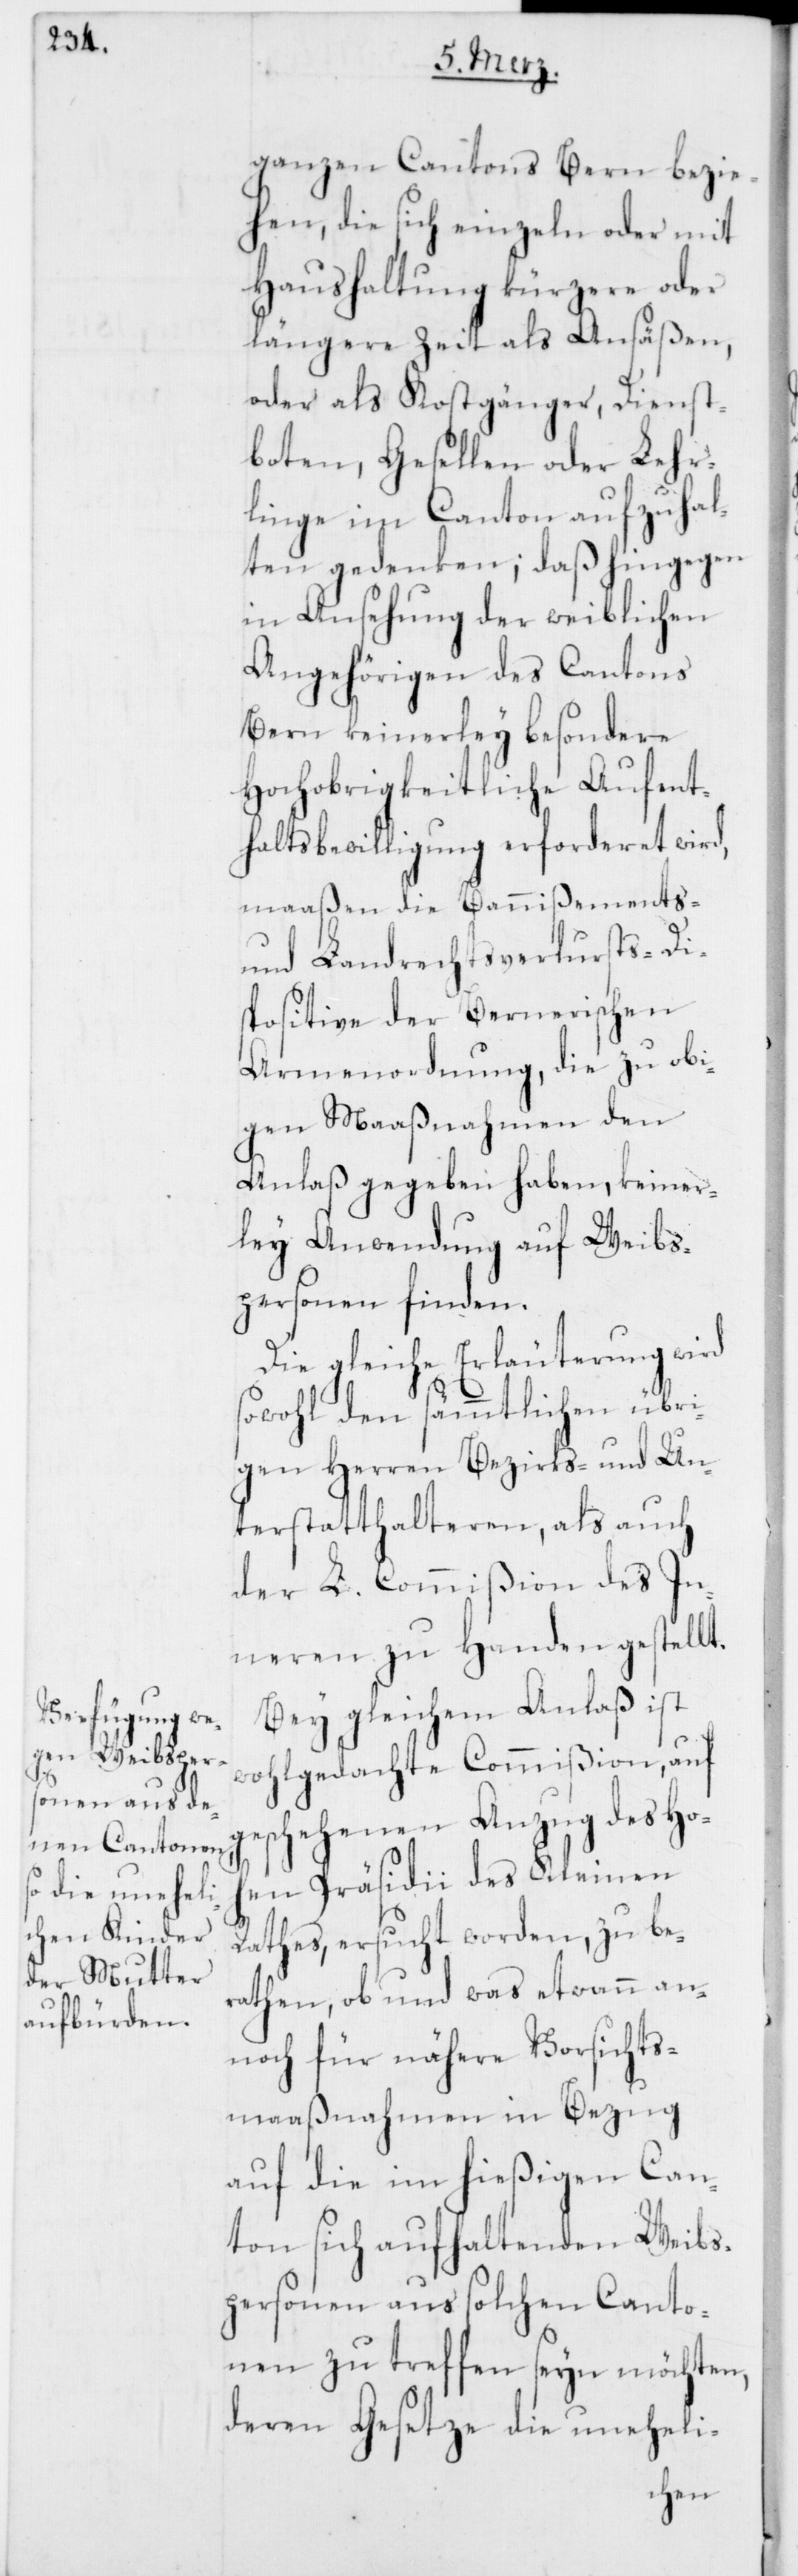
ganzen Cantons Bern bezie¬
hen, die sich einzeln oder mit
Haushaltung kürzere oder
längere Zeit als Ansäßen,
oder als Kostgänger, Dienst¬
boten, Gesellen oder Lehr¬
linge im Canton aufzuhal¬
ten gedenken; daß hingegen
in Ansehung der weiblichen
Angehörigen des Cantons
Bern keinerley besondere
Hochobrigkeitliche Aufent¬
haltsbewilligung erforderet wird,
maaßen die Bannißements-
und Landrechtsverlusts-Di¬
spositive der Bernerischen
Armenordnung, die zu obi¬
gen Maaßnahmen den
Anlaß gegeben haben, keiner¬
ley Anwendung auf Weibs¬
personen finden.
Die gleiche Erläuterung wird
sowohl den sämmtlichen übri¬
gen Herren Bezirks- und Un¬
terstatthalteren, als auch
der L. Commißion des In¬
neren zu Handen gestellt.
Bei gleichem Anlaß ist
wohlgedachte Commißion, auf
geschehenen Anzug des Ho¬
hen Präsidii des Kleinen
Rathes, ersucht worden, zu ber¬
athen, ob und was etwann an¬
noch für nähere Vorsichts¬
maaßnahmen in Bezug
auf die im hießigen Can¬
ton sich aufhaltenden Weibs¬
personen aus solchen Canto¬
nen zu treffen seyn möchten,
deren Gesetze die uneheli-